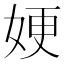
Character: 㛐